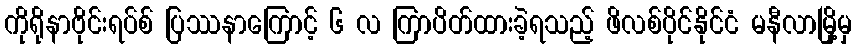
ကိုရိုနာဗိုင်းရပ်စ် ပြဿနာကြောင့် ၆ လ ကြာပိတ်ထားခဲ့ရသည့် ဖိလစ်ပိုင်နိုင်ငံ မနီလာမြို့မှ